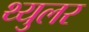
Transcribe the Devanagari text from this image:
थ्युलर